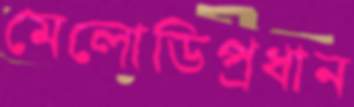
মেলোডিপ্রধান